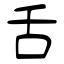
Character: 舌